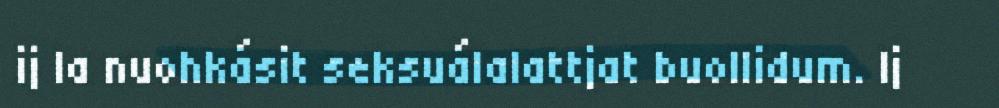
ij la nuohkásit seksuálalattjat buollidum. Ij